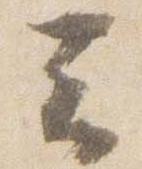
云